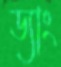
ড্যাং